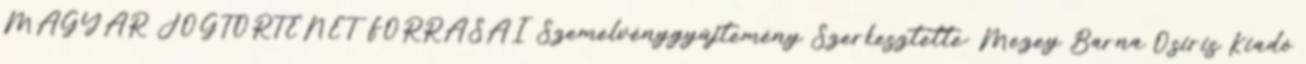
MAGYAR JOGTÖRTÉNET FORRÁSAI Szemelvénygyűjtemény Szerkesztette: Mezey Barna Osiris Kiadó